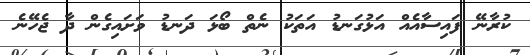
ކުރާނޭ ފައިސާއެއް އަޅުގަނޑު އަތަކު ނެތް ބޯޅަ ދަނޑު ވަށައިގެން ދާ ޖެހޭނެ